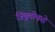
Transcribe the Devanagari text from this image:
जिबूतीकडे